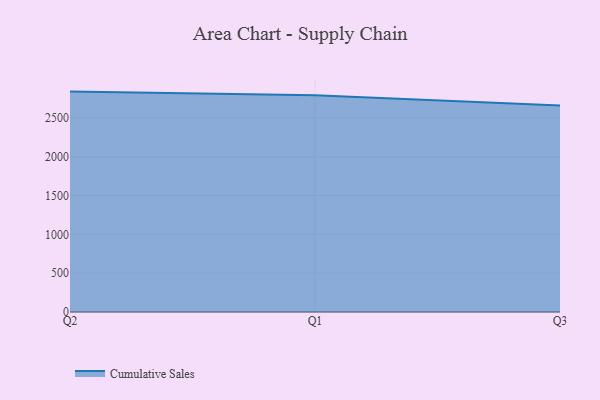
{"axis": {"x": "Quarter", "y": "Website Visitors"}, "legend": ["Cumulative Sales"], "data": [{"x": "Q2", "y": 2839.4, "type": "Cumulative Sales"}, {"x": "Q1", "y": 2792.1, "type": "Cumulative Sales"}, {"x": "Q3", "y": 2661.9, "type": "Cumulative Sales"}]}